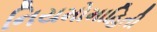
નિયમોમાહિતી